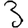
Digit: 3